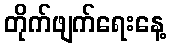
တိုက်ဖျက်ရေးနေ့